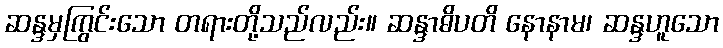
ဆန္ဒမှကြွင်းသော တရားတို့သည်လည်း။ ဆန္ဒာဓိပတိ နောနာမ၊ ဆန္ဒဟူသော